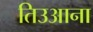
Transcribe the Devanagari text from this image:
तिउआना